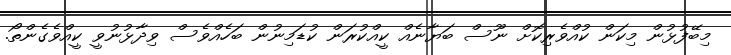
މިބޭފުޅުން މިކަން ކުއްވެރިކޮށް ނޫސް ބަޔާނެއް ކީއްކުރަން ކުޑަމިނުން ބަހެއްވެސް ވިދާޅުނުވީ ކީއްވެގެންތޯ.